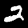
Label: 2